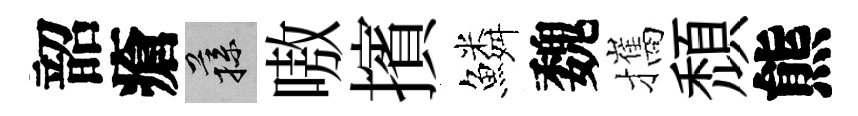
韶瘡蓀嗷擯鱗魏攜頹熊